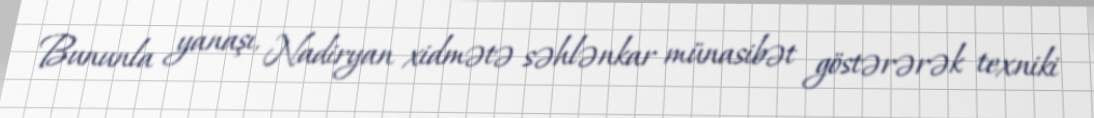
Bununla yanaşı, Nadiryan xidmətə səhlənkar münasibət göstərərək texniki